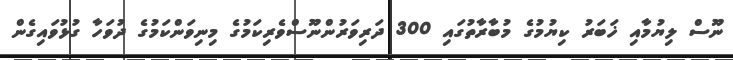
ނޫސް ލިޔުމާއި ޚަބަރު ކިޔުމުގެ މުބާރާތުގައި 300 ދަރިވަރުންނޫސްވެރިކަމުގެ މިނިވަންކަމުގެ ދުވަހާ ގުޅުވައިގެން